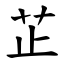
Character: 芷